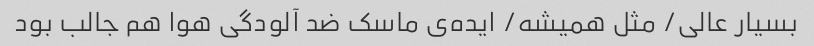
بسیار عالی/ مثل همیشه/ ایده‌ی ماسک ضد آلودگی هوا هم جالب بود